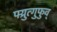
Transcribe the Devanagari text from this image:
फ्य्रुत्गुफुव्